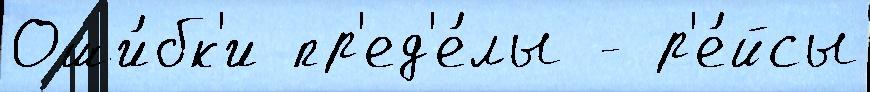
Оши́бк'и пр'ед'е́лы - р'е́йсы